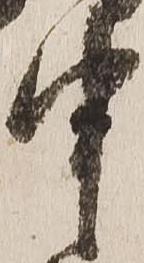
申